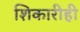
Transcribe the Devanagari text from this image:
शिकारीही